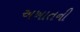
અખાતની